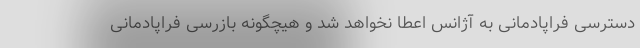
دسترسی فراپادمانی به آژانس اعطا نخواهد شد و هیچگونه بازرسی فراپادمانی